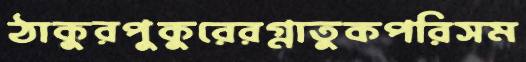
ঠাকুরপুকুরেরগ্নাতুকপরিসম